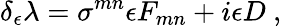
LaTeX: \delta_{\epsilon}\lambda=\sigma^{mn}\epsilon F_{mn}+i\epsilon D\ ,